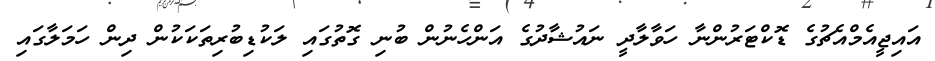
އައިޖީއެމްއެޗުގެ ޑޮކްޓަރުންނާ ހަވާލާދީ ނައުޝާދުގެ އަންހެނުން ބުނި ގޮތުގައި ލަކުޑިބުރިތަކަކުން ދިން ހަމަލާގައި